65_HS1-834228961_62-HQ-83894_SUB_A
Agency: FBI
Page 115
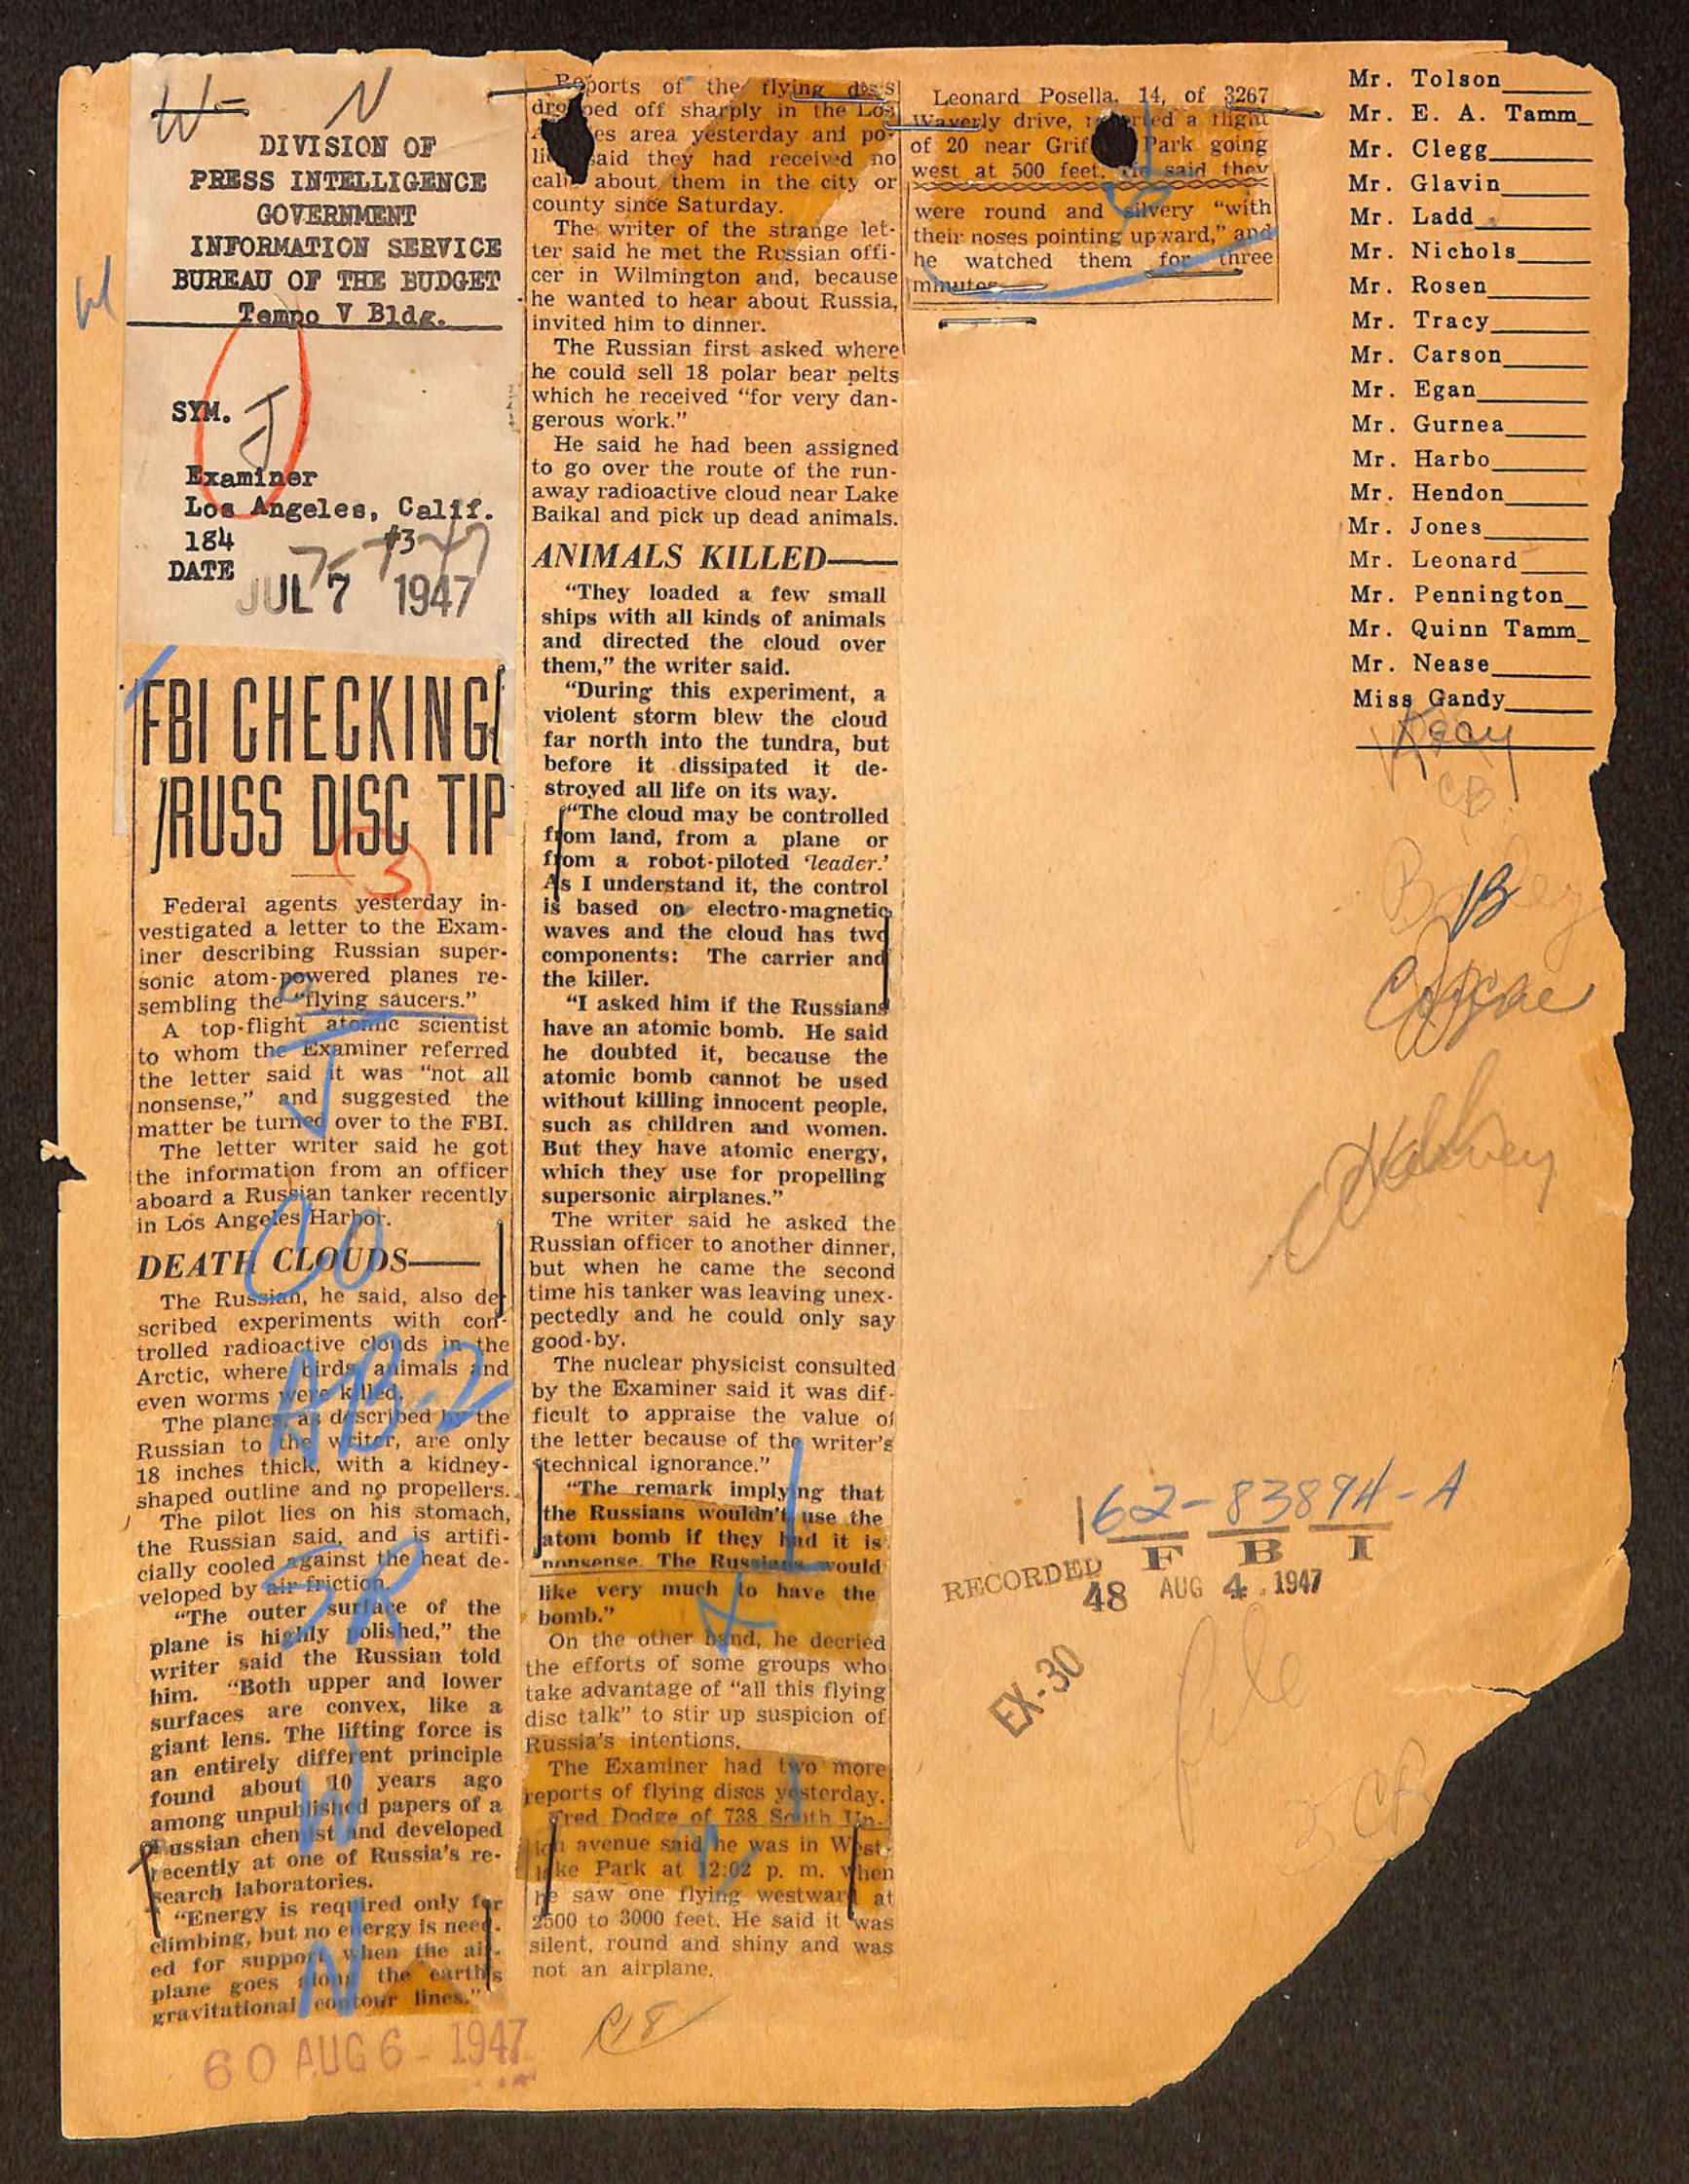